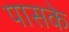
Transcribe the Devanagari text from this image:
पासके